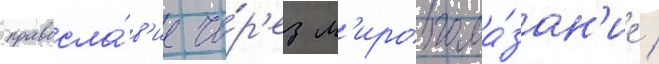
правосла́в'ие че́р'ез м'иропома́зан'ие /